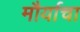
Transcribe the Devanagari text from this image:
मौर्याचा